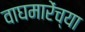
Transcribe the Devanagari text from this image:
वाघमारेंच्या